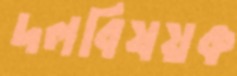
দলবিষয়ক